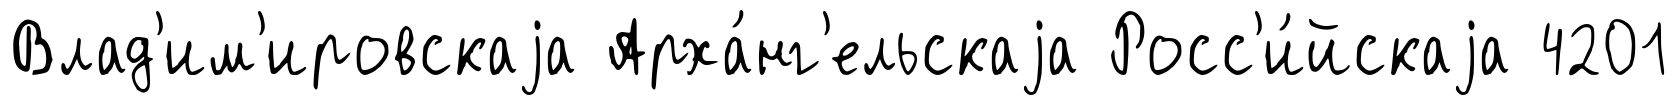
Влад'им'ировскаjа Арха́нг'ельскаjа Росс'и́йскаjа 4201